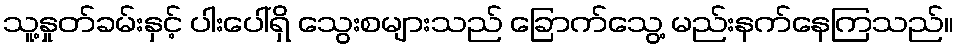
သူ့နှုတ်ခမ်းနှင့် ပါးပေါ်ရှိ သွေးစများသည် ခြောက်သွေ့ မည်းနက်နေကြသည်။